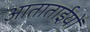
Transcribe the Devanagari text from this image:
आताताईयों